65_HS1-834228961_62-HQ-83894_Section_9
Agency: FBI
Page 201
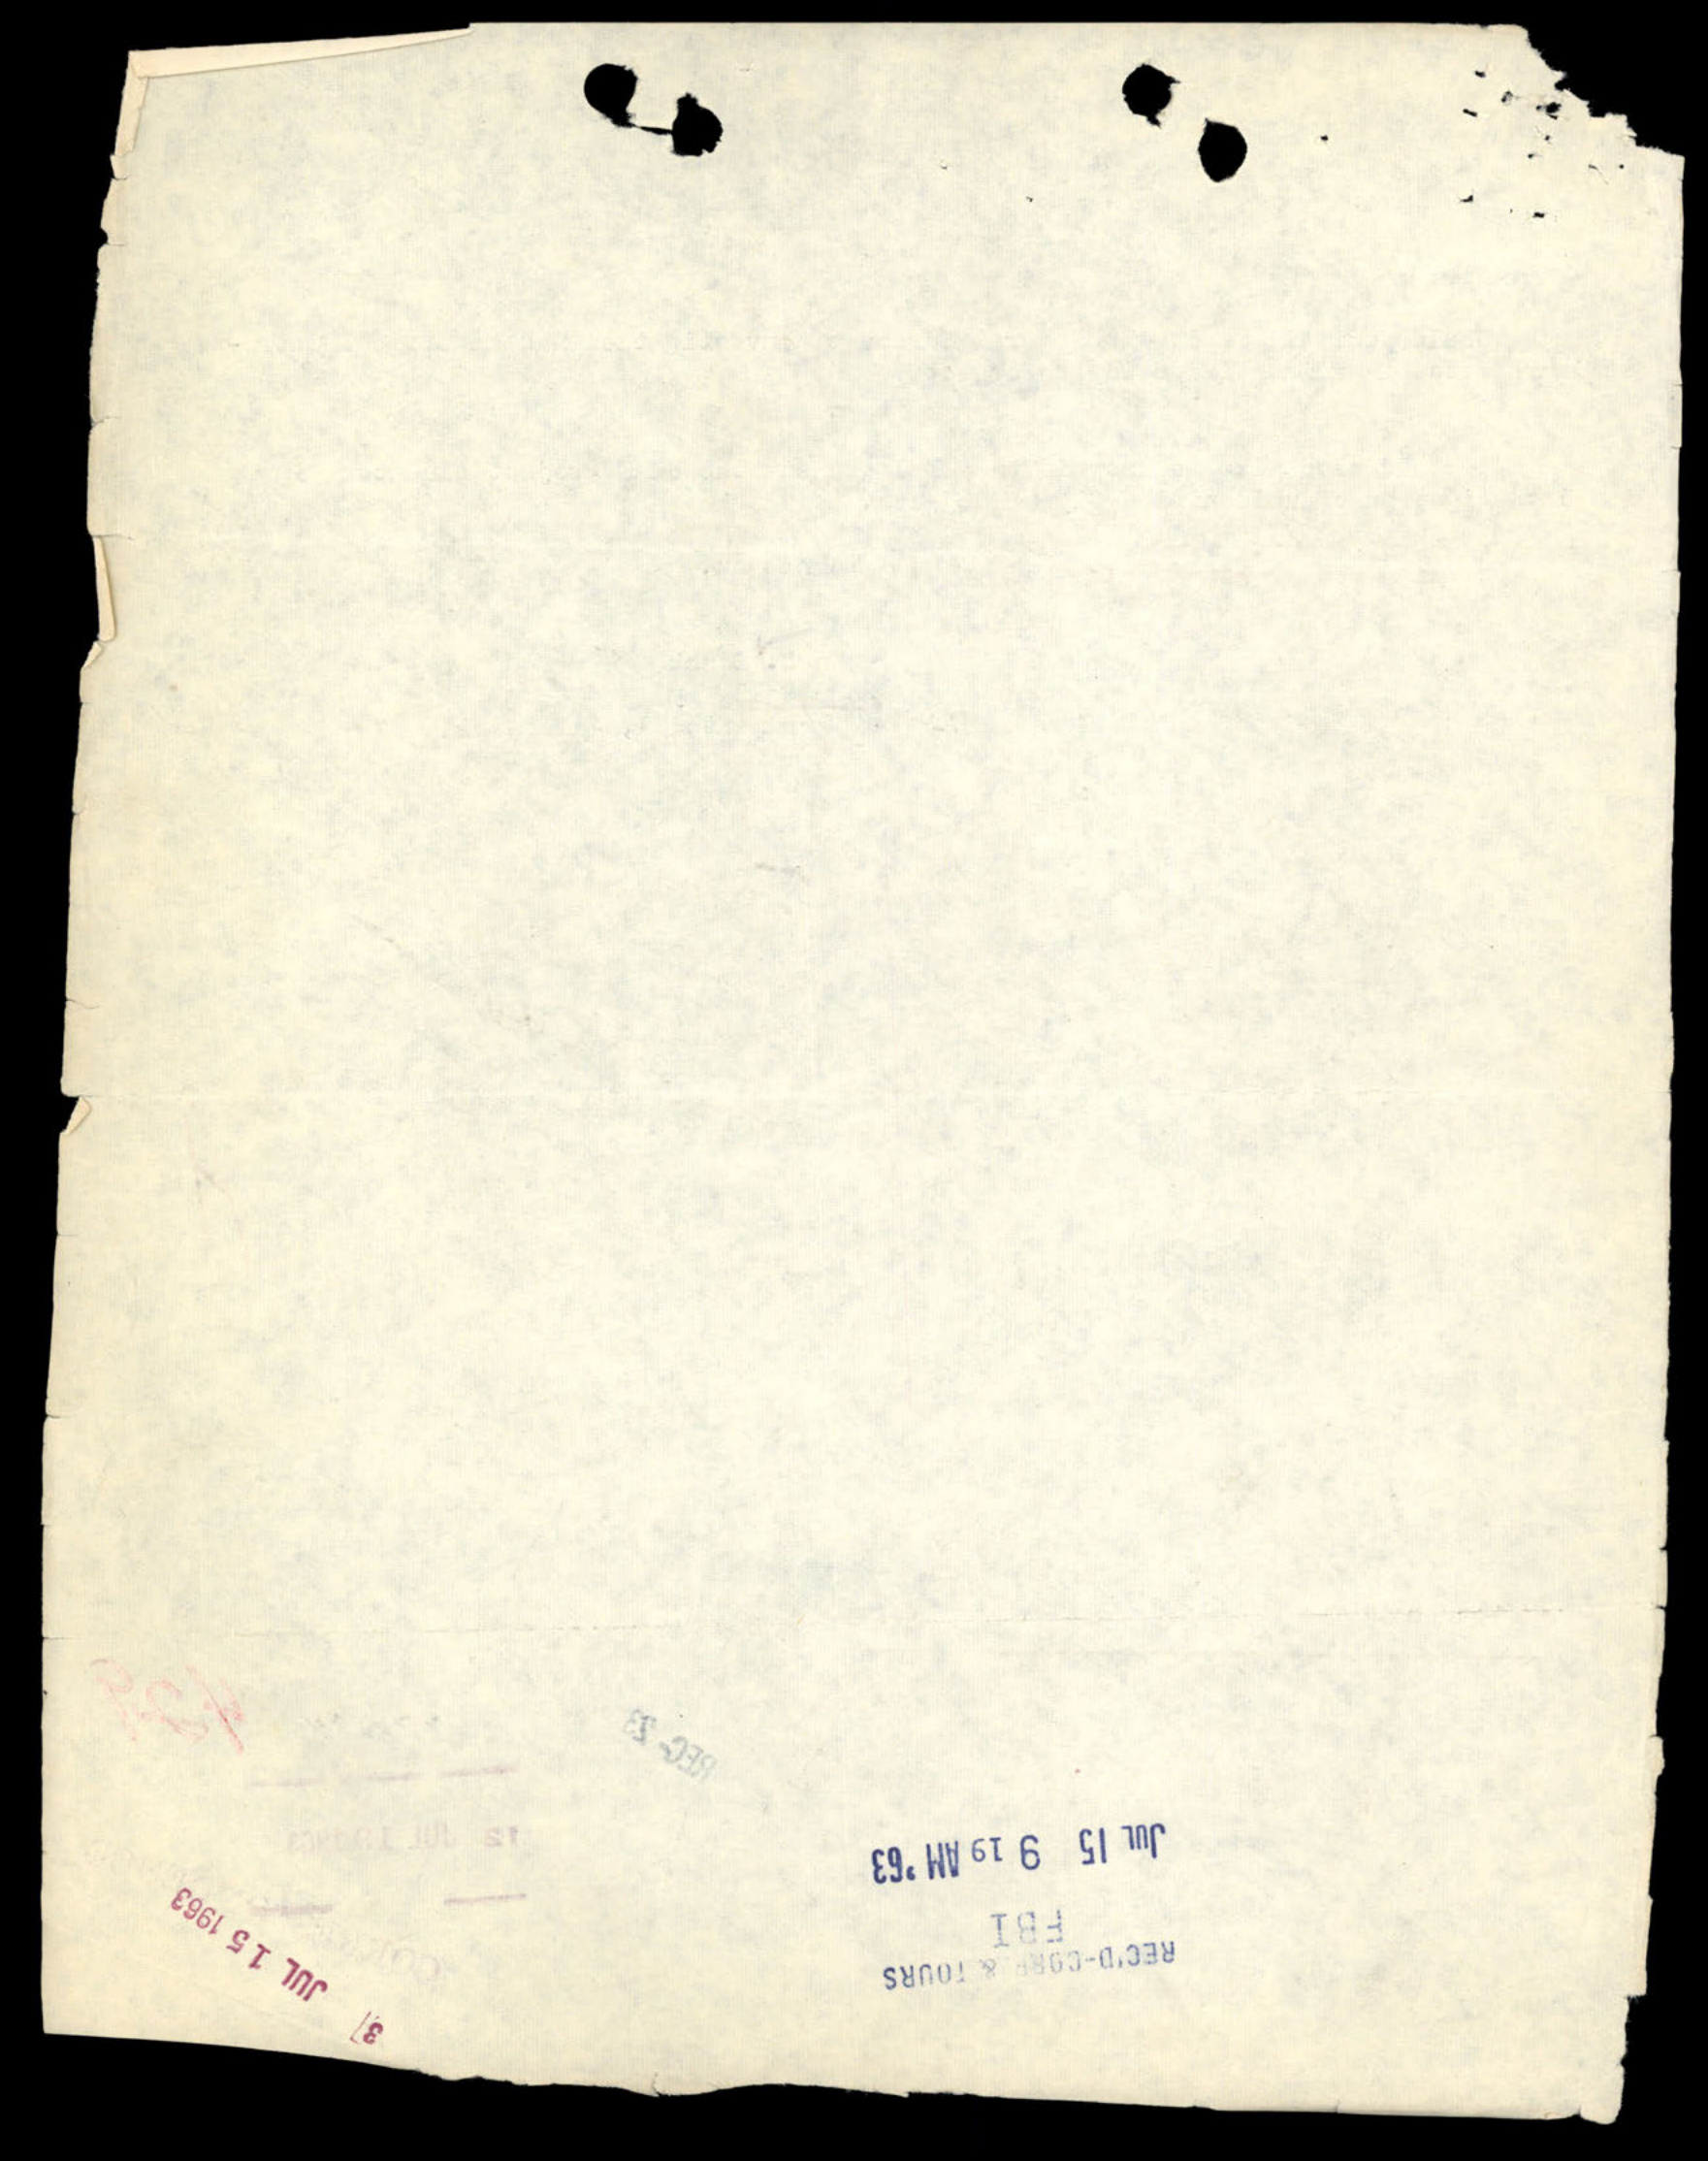